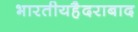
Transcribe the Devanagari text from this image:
भारतीयहैदराबाद